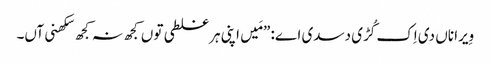
‏ وِیرا ناں دی اِک کُڑی دسدی اے:‏ ”‏مَیں اپنی ہر غلطی توں کجھ نہ کجھ سکھنی آں۔